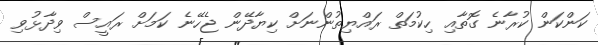
ކަންކަން ކުރާނެ ގޮތާއި ހިކުމަތް ރައްޔިތުންނަށް ކިޔާދޭން ޖެހޭނެ ކަމަށް ރައީސް ވިދާޅުވި